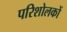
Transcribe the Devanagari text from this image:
परिशोलकों